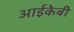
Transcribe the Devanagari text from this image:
आईकेबी